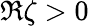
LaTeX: \Re\zeta>0